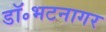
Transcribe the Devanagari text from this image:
डॉ॰भटनागर